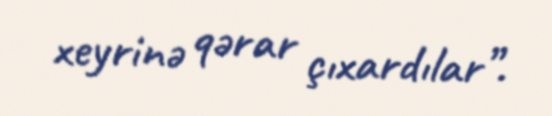
xeyrinə qərar çıxardılar”.